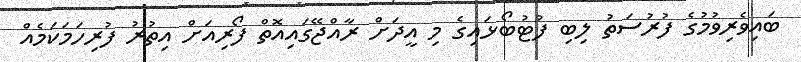
ބައިވެރިވުމުގެ ފުރުސަތު ލިބި ފުޓުބޯޅައިގެ މި އީދަށް ރާއްޖޭގައިއޮތް ފޯރިއަށް އިތުރު ފުރިހަމަކަމެއް